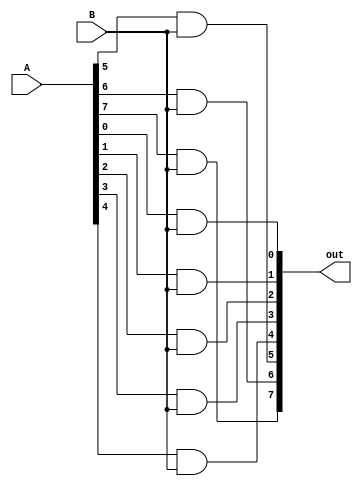
module Partial (A, B, out);
	input [7:0] A;
	input B;
	output [7:0] out;
	assign out[0] = A[0]&B;
	assign out[1] = A[1]&B;
	assign out[2] = A[2]&B;
	assign out[3] = A[3]&B;
	assign out[4] = A[4]&B;
	assign out[5] = A[5]&B;
	assign out[6] = A[6]&B;
	assign out[7] = A[7]&B;

endmodule